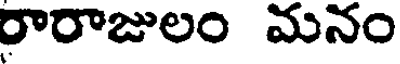
రారాజులం మనం